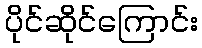
ပိုင်ဆိုင်ကြောင်း